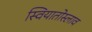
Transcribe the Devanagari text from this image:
स्वियातोस्लाव